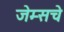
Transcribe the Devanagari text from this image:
जेम्सचे